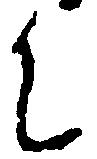
升